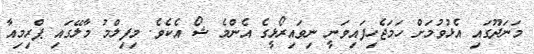
މަނަދޫގައި އެޅުވުމަށް ހަމަޖެހިފައިވަނީ ނިވައިރޯޅީގެ އެންމެ ޝޯ އެކެވެ. މިފިލްމު މާލޭގައި ޕްރިމިއާ